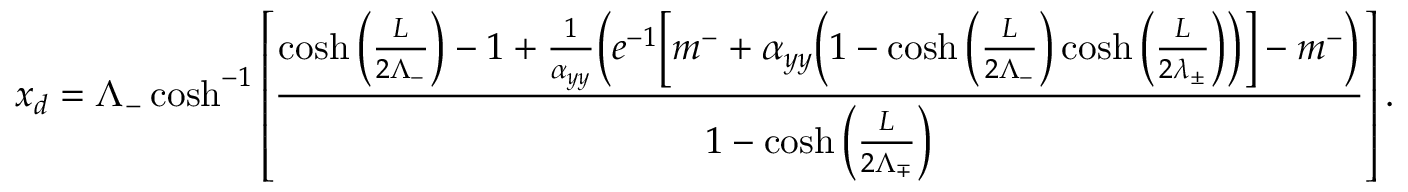
x _ { d } = \Lambda _ { - } \cosh ^ { - 1 } \left[ \frac { \cosh \bigg ( \frac { L } { 2 \Lambda _ { - } } \bigg ) - 1 + \frac { 1 } { \alpha _ { y y } } \bigg ( e ^ { - 1 } \bigg [ m ^ { - } + \alpha _ { y y } \bigg ( 1 - \cosh \bigg ( \frac { L } { 2 \Lambda _ { - } } \bigg ) \cosh \bigg ( \frac { L } { 2 \lambda _ { \pm } } \bigg ) \bigg ) \bigg ] - m ^ { - } \bigg ) } { 1 - \cosh \bigg ( \frac { L } { 2 \Lambda _ { \mp } } \bigg ) } \right] .